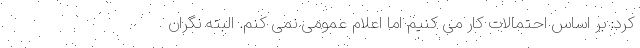
کرد: بر اساس احتمالات کار می کنیم اما اعلام عمومی نمی کنم. البته نگران